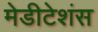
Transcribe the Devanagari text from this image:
मेडीटेशंस